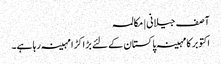
آصف جیلانی | مکالمہ
اکتوبر کا مہینہ پاکستان کے لئے بڑا کڑا مہینہ رہا ہے۔